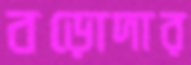
বড়োদার